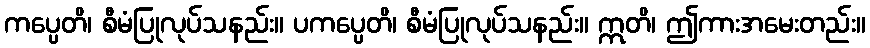
ကပ္ပေတိ၊ စီမံပြုလုပ်သနည်း။ ပကပ္ပေတိ၊ စီမံပြုလုပ်သနည်း။ ဣတိ၊ ဤကားအမေးတည်း။